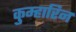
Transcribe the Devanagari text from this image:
कुम्हारिन